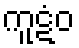
ကူဋံဝ